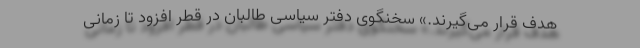
هدف قرار می‌گیرند.» سخنگوی دفتر سیاسی طالبان در قطر افزود تا زمانی